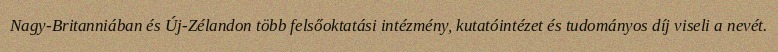
Nagy-Britanniában és Új-Zélandon több felsőoktatási intézmény, kutatóintézet és tudományos díj viseli a nevét.